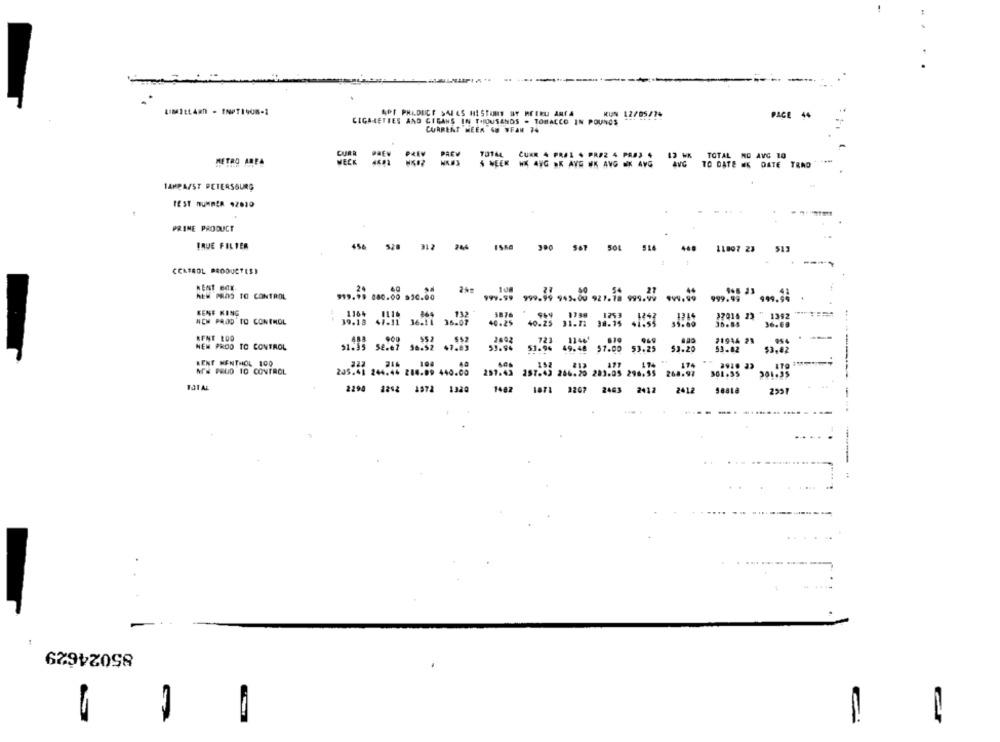
APF PRIDECE SALES HISTORY MY ACIRLI ANTA
KUN 12/05/14
PAGE 44
CIGARETTES AND GIGANS IN THOUSANDS . TOBACCO IN POUNDS
CURRENT MEER 48 WFAN 74
CURR
TOTAL CURR 4 PRAL . PROZ 4 PRAJ 4 12 WK TOTAL NO AVG 10
METRO AREA
A WEEK WE ANG .K AYE WK AVG - AVG
AVG TO DATE WE DATE TRND
1AMPA/ST PETERSBURG
TEST NUMBER 42010
PRIME PRODUCT
IRUE FILTER
456
528
312
246
567 504
516
11897 23 513
CCAFROL PRODUCT(S)
NEW PROS TO CONTROL
199.99
999.99 945.00 921.18 999.99
KENE KING
NEM PADD TO CONIMOL
37016 23 " 1392
40.23
30.85
36.09
RENE LOO
2602
21934 23
NEW PROO TO CONTROL
51.33 56.67 56.52 47.83
59.94
$7.00 53.25
$3.29
53.82
KENT MENTHOL 100
N& PRUD TO CONTROL
245.41 244.45 210.09 440.89
257.43 257-43 266-25 283.05 296.55 268.97
TOTAL
2298 2242 1572 1320
1482
1871 3267 2463 2412
2012
......
85024629